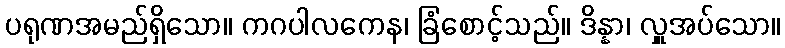
ပရုဏအမည်ရှိသော။ ကဂပါလကေန၊ ခြံစောင့်သည်။ ဒိန္နာ၊ လှူအပ်သော။